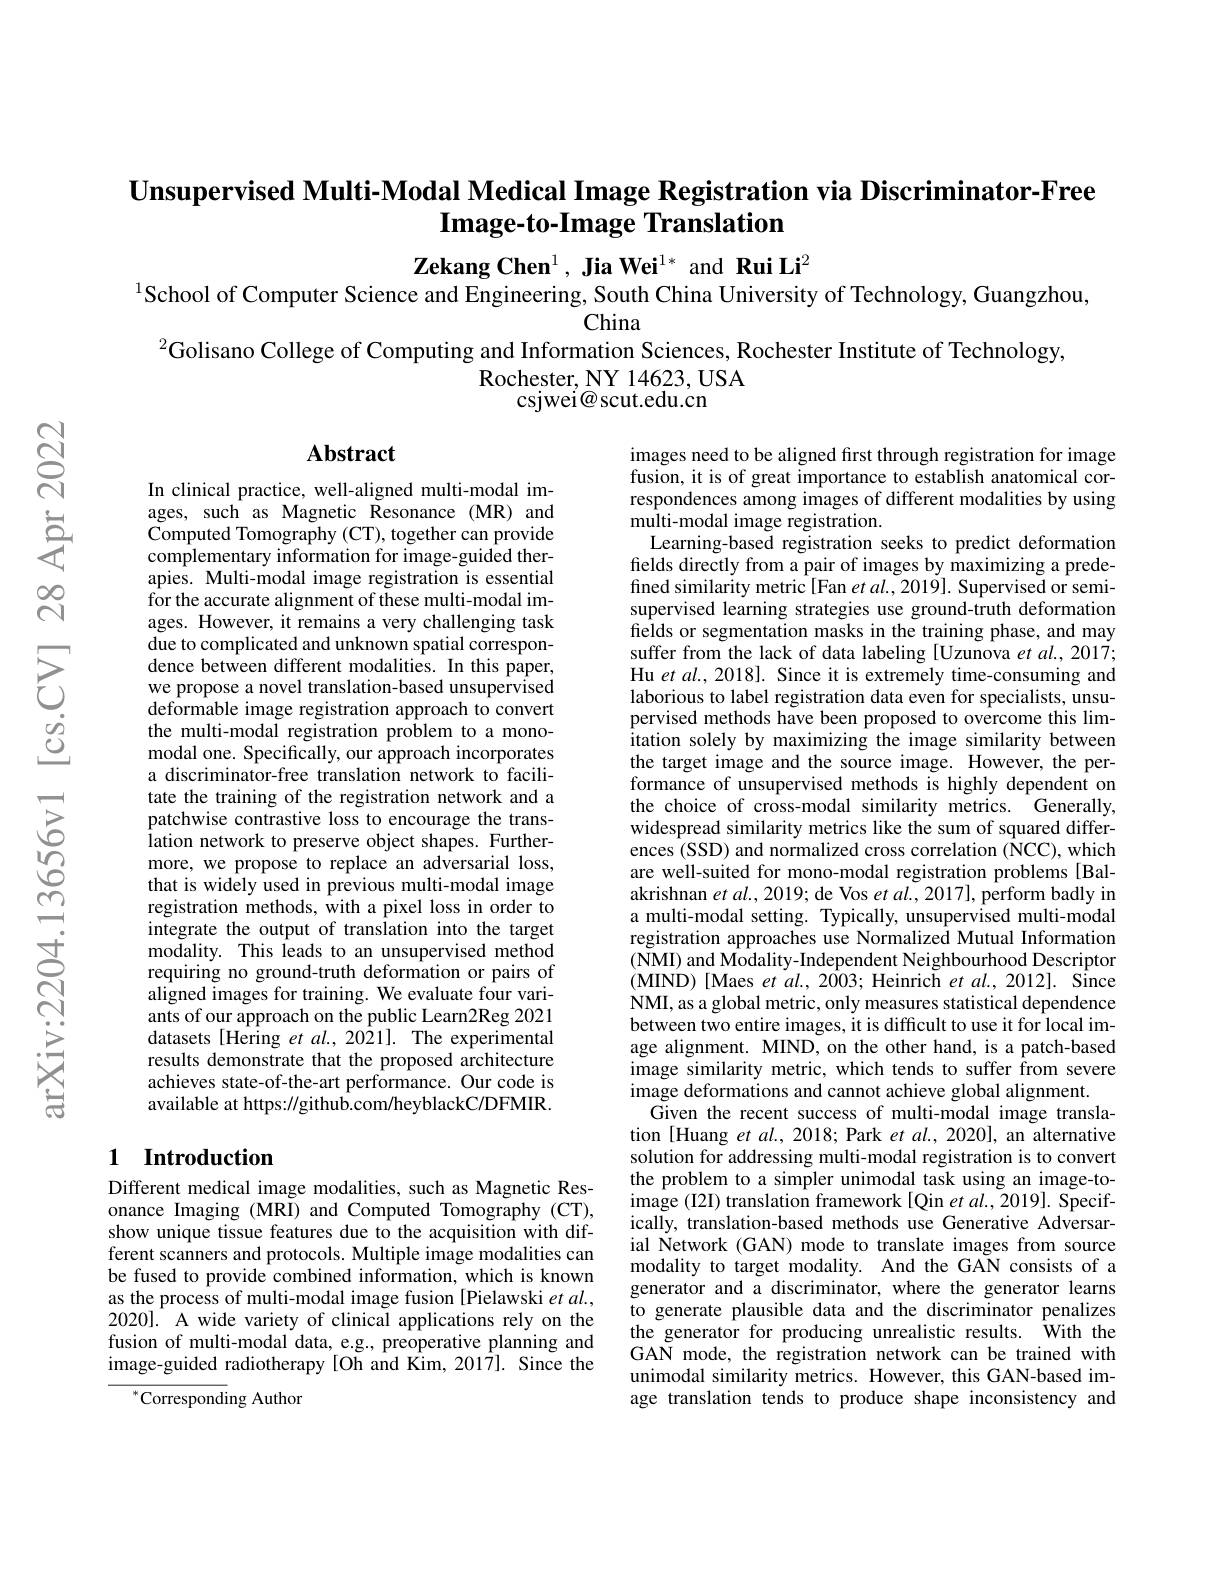
Unsupervised Multi-Modal Medical Image Registration via Discriminator-Free
Image-to-Image Translation

$\textbf{Zekang Chen}^1,\textbf{Jia Wei}^{1*}$ and Rui Li$^2$
$^{1}$School of Computer Science and Engineering, South China University of Technology, Guangzhou,
China

$^{2}$Golisano College of Computing and Information Sciences, Rochester Institute of Technology,
Rochester, NY14623, USA
csjwei@ scut. edu. cn

## Abstract

In clinical practice, well-aligned multi-modal images, such as Magnetic Resonance (MR) and Computed Tomography (CT), together can provide complementary information for image-guided therapies. Multi-modal image registration is essential for the accurate alignment of these multi-modal images. However, it remains a very challenging task due to complicated and unknown spatial correspondence between different modalities. In this paper, we propose a novel translation-based unsupervised deformable image registration approach to convert the multi-modal registration problem to a monomodal one. Specifically, our approach incorporates a discriminator-free translation network to facilitate the training of the registration network and a patchwise contrastive loss to encourage the translation network to preserve object shapes. Furthermore, we propose to replace an adversarial loss, that is widely used in previous multi-modal image registration methods, with a pixel loss in order to integrate the output of translation into the target modality. This leads to an unsupervised method requiring no ground-truth deformation or pairs of aligned images for training. We evaluate four variants of our approach on the public Learn2Reg 2021 datasets [Hering et al., 2021]. The experimental results demonstrate that the proposed architecture achieves state-of-the-art performance. Our code is available at https://github.com/heyblackC/DFMIR.

images need to be aligned first through registration for image fusion, it is of great importance to establish anatomical correspondences among images of different modalities by using multi-modal image registration.
Learning-based registration seeks to predict deformation fields directly from a pair of images by maximizing a predefined similarity metric [Fan et al., 2019]. Supervised or semisupervised learning strategies use ground-truth deformation fields or segmentation masks in the training phase, and may suffer from the lack of data labeling [Uzunova et al., 2017; Hu et al., 2018]. Since it is extremely time-consuming and laborious to label registration data even for specialists, unsupervised methods have been proposed to overcome this limitation solely by maximizing the image similarity between the target image and the source image. However, the performance of unsupervised methods is highly dependent on the choice of cross-modal similarity metrics. Generally, widespread similarity metrics like the sum of squared differences (SSD) and normalized cross correlation (NCC), which are well-suited for mono-modal registration problems [Balakrishnan $etal.,2019;$ de Vos et $al.,2017],\hat{\text{performbadly}}$ in a multi-modal setting. Typically, unsupervised multi-modal registration approaches use Normalized Mutual Information (NMI) and Modality- Independent Neighbourhood Descriptor (MIND)[Maes et al., 2003; Heinrich et al., 2012]. Since NMI, as a global metric, only measures statistical dependence between two entire images, it is difficult to use it for local image alignment. MIND, on the other hand, is a patch-based image similarity metric, which tends to suffer from severe image deformations and cannot achieve global alignment.
Given the recent success of multi-modal image translation [Huang et al., 2018; Park et al., 2020], an alternative solution for addressing multi-modal registration is to convert the problem to a simpler unimodal task using an image-to- $\hat{\text{image }(\text{I2I) translation framework[Qin et al., 2019]. Specif-}}$ ically, translation-based methods use Generative Adversarial Network (GAN) mode to translate images from source modality to target modality. And the GAN consists of a generator and a discriminator, where the generator learns to generate plausible data and the discriminator penalizes the generator for producing unrealistic results. With the GAN mode, the registration network can be trained with unimodal similarity metrics. However, this GAN-based image translation tends to produce shape inconsistency and

# 1 Introduction

Different medical image modalities, such as Magnetic Resonance Imaging (MRI) and Computed Tomography (CT), show unique tissue features due to the acquisition with different scanners and protocols. Multiple image modalities can be fused to provide combined information, which is known as the process of multi-modal image fusion [Pielawski et al., 2020]. A wide variety of clinical applications rely on the fusion of multi-modal data, e.g., preoperative planning and image-guided radiotherapy [Oh and Kim,201$\hat{7}].$ Since the

$^{*}$Corresponding Author